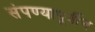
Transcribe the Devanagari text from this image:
संपण्यापूर्वीच